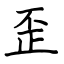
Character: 歪